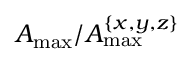
A _ { \mathrm { m a x } } / A _ { \mathrm { m a x } } ^ { \{ x , y , z \} }